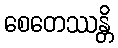
စေတေဿန္တိ